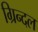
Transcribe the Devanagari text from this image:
ग्रिन्दल